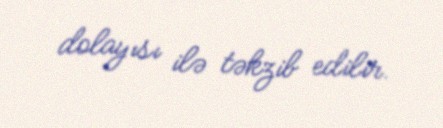
dolayısı ilə təkzib edilir.